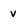
Character: v